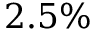
2 . 5 \%